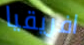
افريقيا